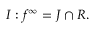
I : f ^ { \infty } = J \cap R .